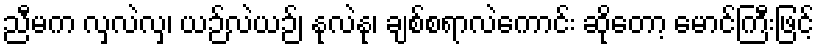
ညီမက လှလဲလှ၊ ယဉ်လဲယဉ်၊ နုလဲနု၊ ချစ်စရာလဲကောင်း ဆိုတော့ မောင်ကြီးဖြင့်